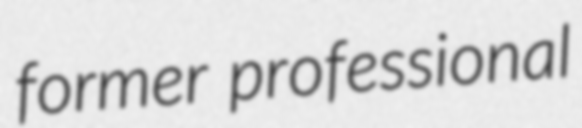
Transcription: former professional